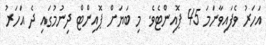
އަހަރު ވެފައިވާނަމަ 45 ޕޮއިންޓެވެ. މި ބަޔަށް ޕޮއިންޓް ދިނުމުގައި ދެ އަހަރު